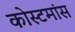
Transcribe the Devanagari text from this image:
कोस्टमांस